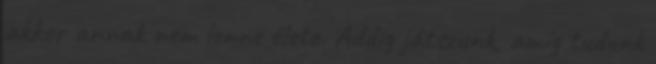
akkor annak nem lenne élete. Addig játszunk, amíg tudunk